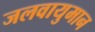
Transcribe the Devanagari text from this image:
जलवायुमान